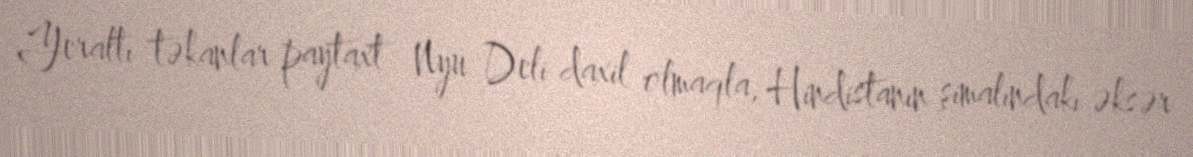
Yeraltı təkanlar paytaxt Nyu Deli daxil olmaqla, Hindistanın şimalındakı əksər